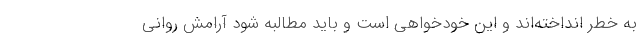
به خطر انداخته‌اند و این خودخواهی است و باید مطالبه شود آرامش روانی